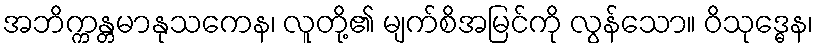
အဘိက္ကန္တမာနုသကေန၊ လူတို့၏ မျက်စိအမြင်ကို လွန်သော။ ဝိသုဒ္ဓေန၊